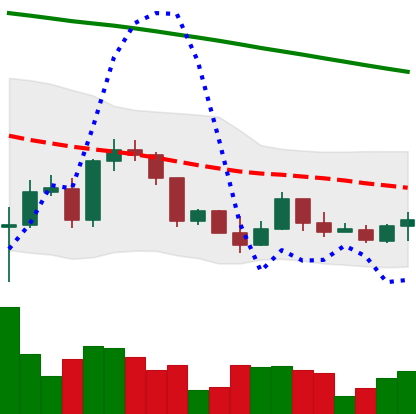
Ticker: ETH-USD
Chart end date: 2022-03-15
Forward return: 9.172%
Label: up_7plus